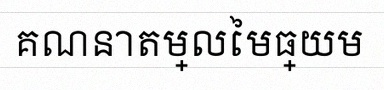
គណនាតម្លៃមធ្យម